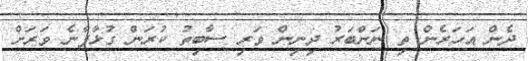
ދެން އަހަރެން ތި ނަންބަރު ދިނިން ވަރި ސާބިތު ކުރަން ގުޅާފާނެ ވަރަށް